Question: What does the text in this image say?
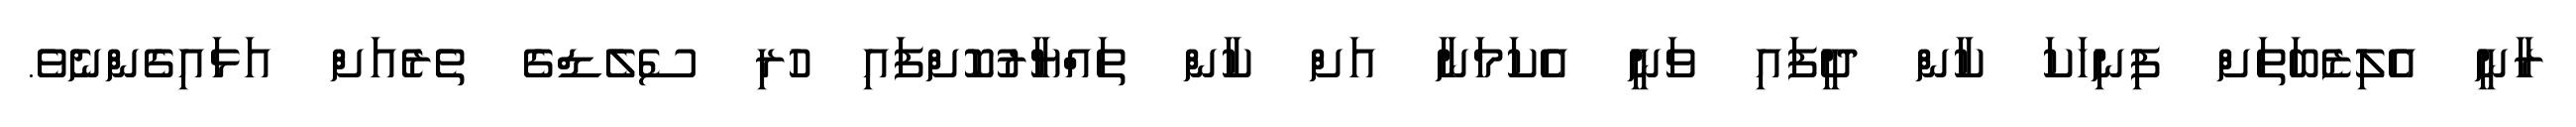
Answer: ރާނީ އެލިޒެބަތަށް ފިނިހަކަ ކާން ދީފައި ވަނީ އެކަމަނާ އަށް ކާން ތައްޔާރުކޮށްފައި ހުރި ސެލެޑްގެ ތެރެއަށް އަޅައިގެންނެވެ.